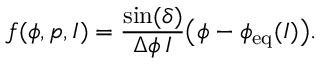
f ( \phi , p , I ) = \frac { \sin ( \delta ) } { \Delta \phi \, I } \big ( \phi - \phi _ { \mathrm { e q } } ( I ) \big ) .